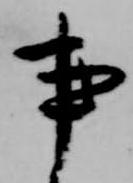
事